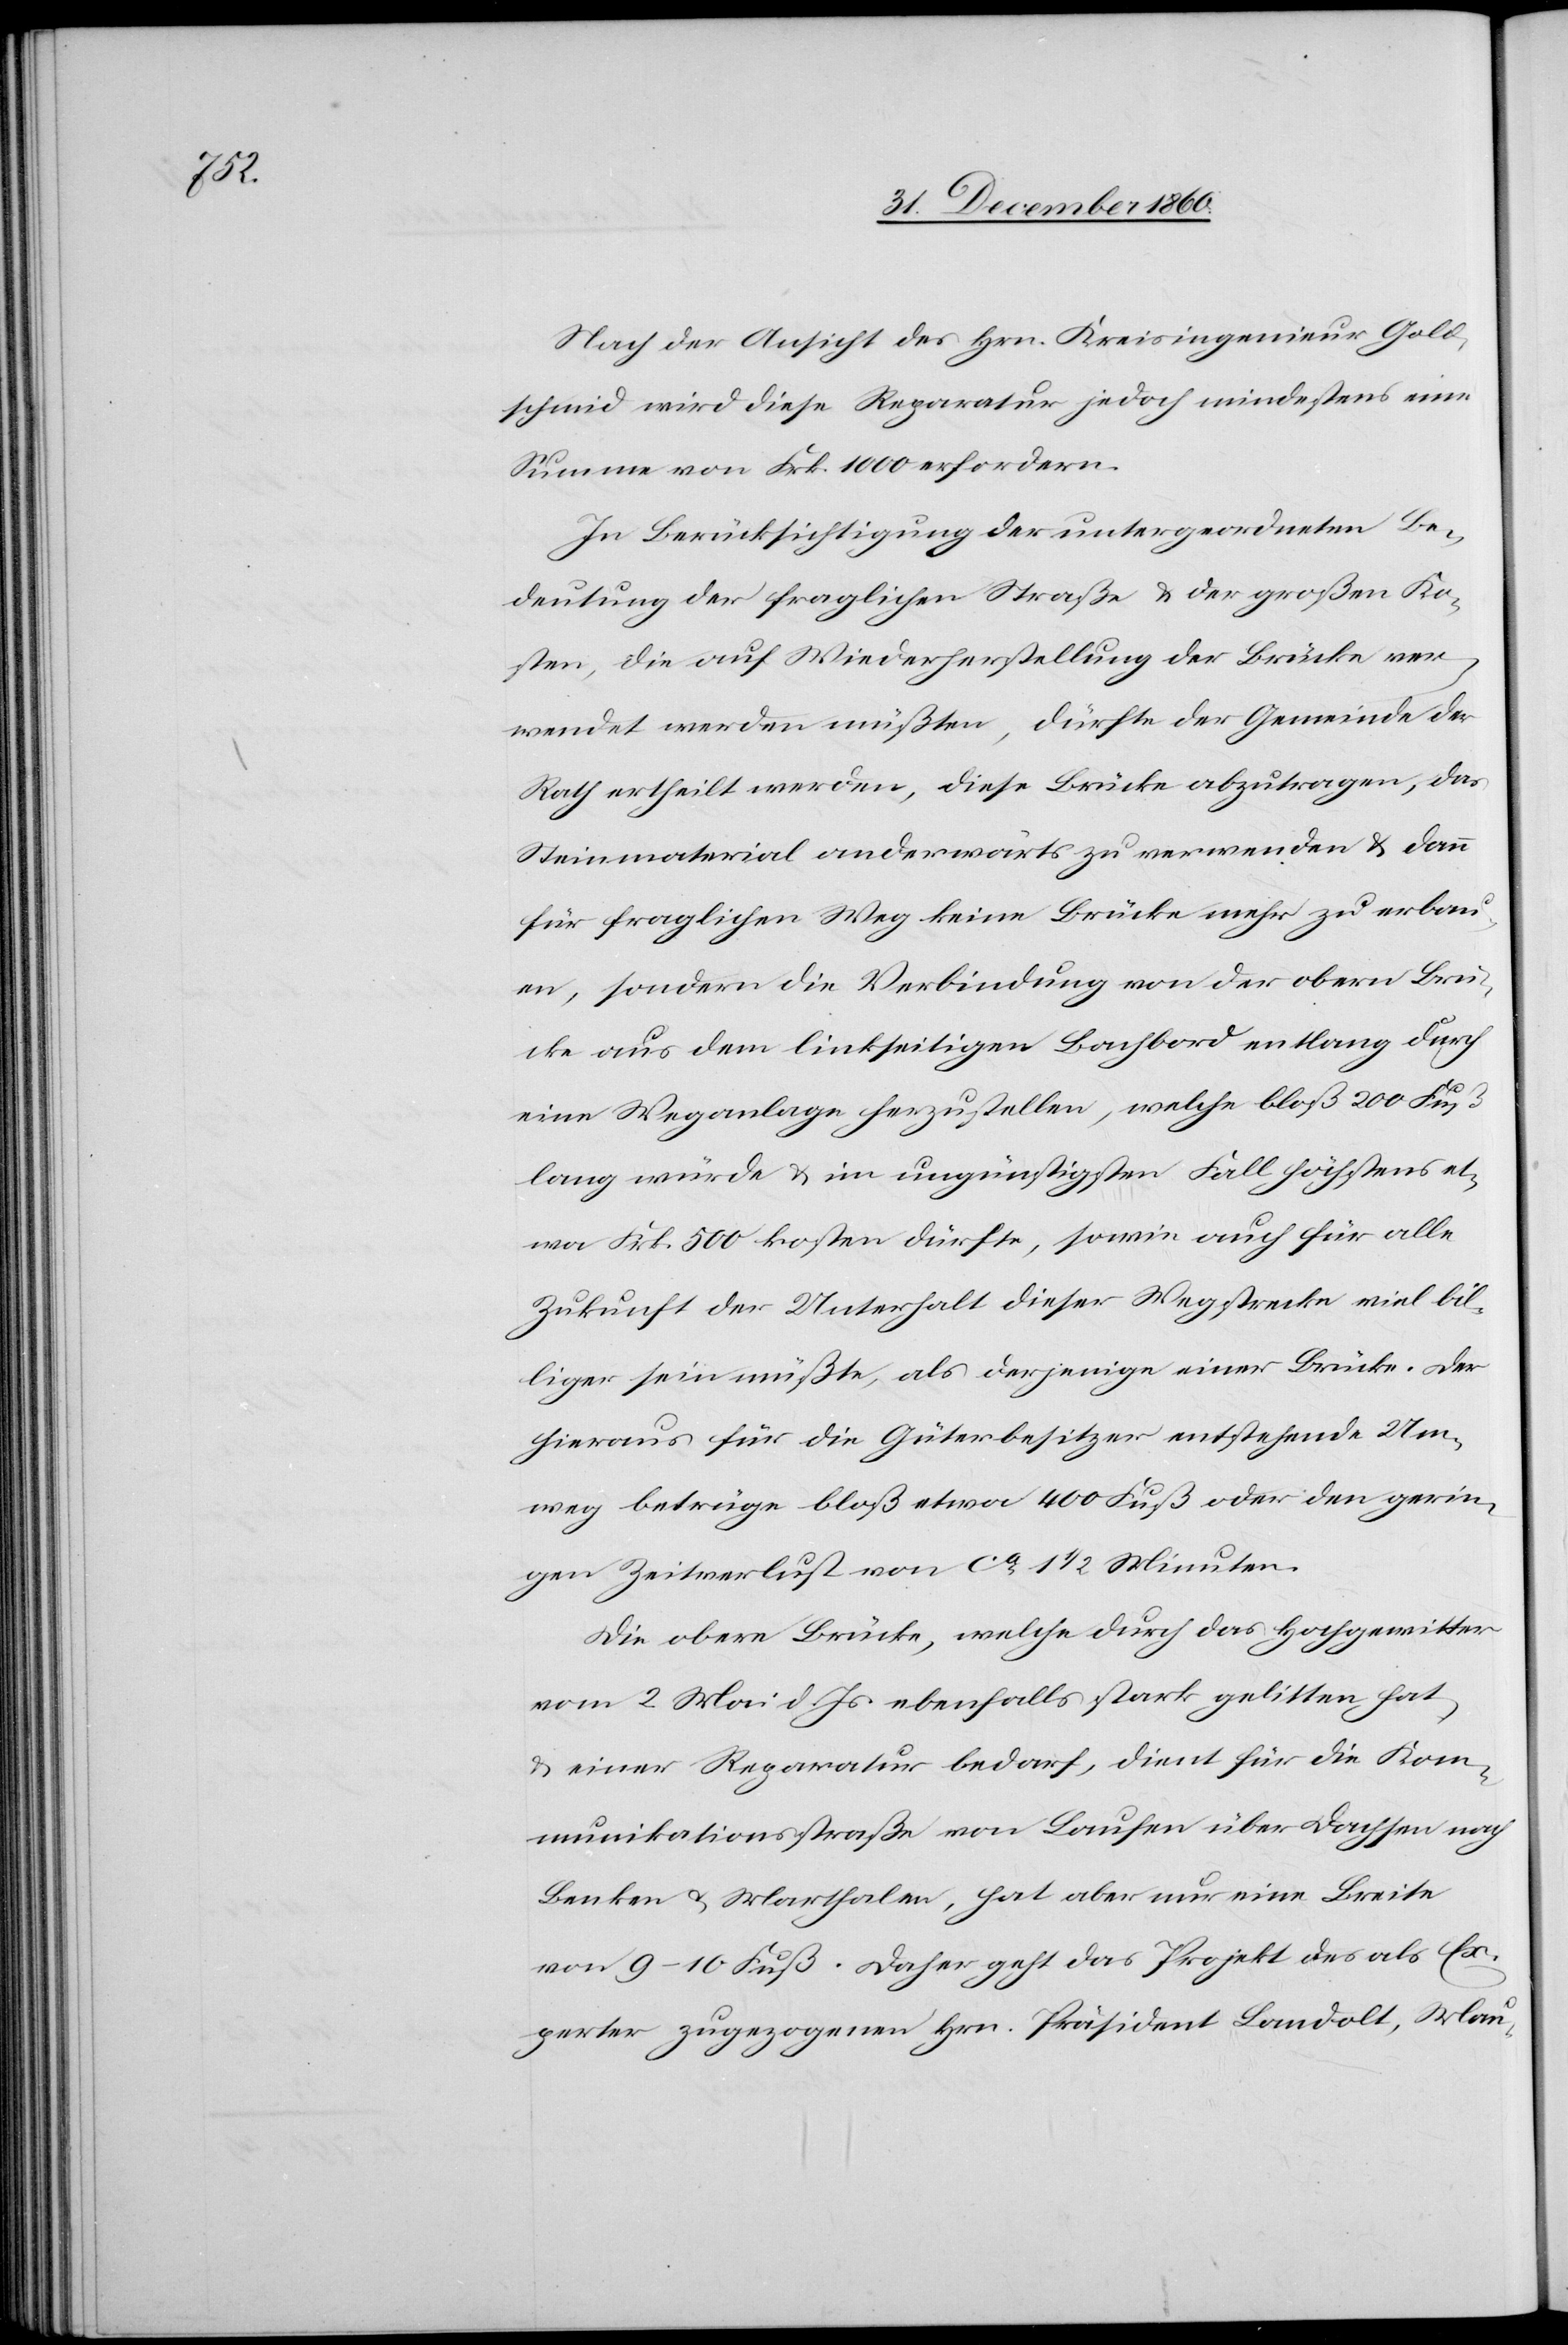
Nach der Ansicht des Hrn. Kreisingenieur Gold¬
schmid wird diese Reparatur jedoch mindestens eine
Summe von Frk. 1000 erfordern.
In Berücksichtigung der untergeordneten Be¬
deutung der fraglichen Straße u. der großen Ko¬
sten, die auf Wiederherstellung der Brücke ver¬
wendet werden müßte, dürfte der Gemeinde der
Rath ertheilt werden, diese Brücke abzutragen, das
Steinmaterial anderwärts zu verwenden u. dann
für fraglichen Weg keine Brücke mehr zu erbau¬
en, sondern die Verbindung von der obern Brü¬
cke aus dem linkseitigen Bachbord entlang durch
eine Weganlage herzustellen, welche bloß 200 Fuß
lang würde u. im ungünstigsten Fall höchstens et¬
wa Frk. 500 kosten dürfte, sowie auch für alle
Zukunft der Unterhalt dieser Wegstrecke viel bil¬
liger sein müßte, als derjenige einer Brücke. Der
hieraus für die Güterbesitzer entstehende Um¬
weg betrüge bloß etwa 400 Fuß oder den gerin¬
gen Zeitverlust von ca 1 1/2 Minuten.
Die obere Brücke, welche durch das Hochgewitter
vom 2. Mai d. Js. ebenfalls stark gelitten hat,
u. einer Reparatur bedarf, dient für die Kom¬
munikationsstraße von Laufen über Dachsen nach
Benken u. Marthalen, hat aber nur eine Breite
von 9–10 Fuß. Daher geht das Projekt des als Ex¬
perten zugezogenen Hrn. Präsident Landolt, Mau-